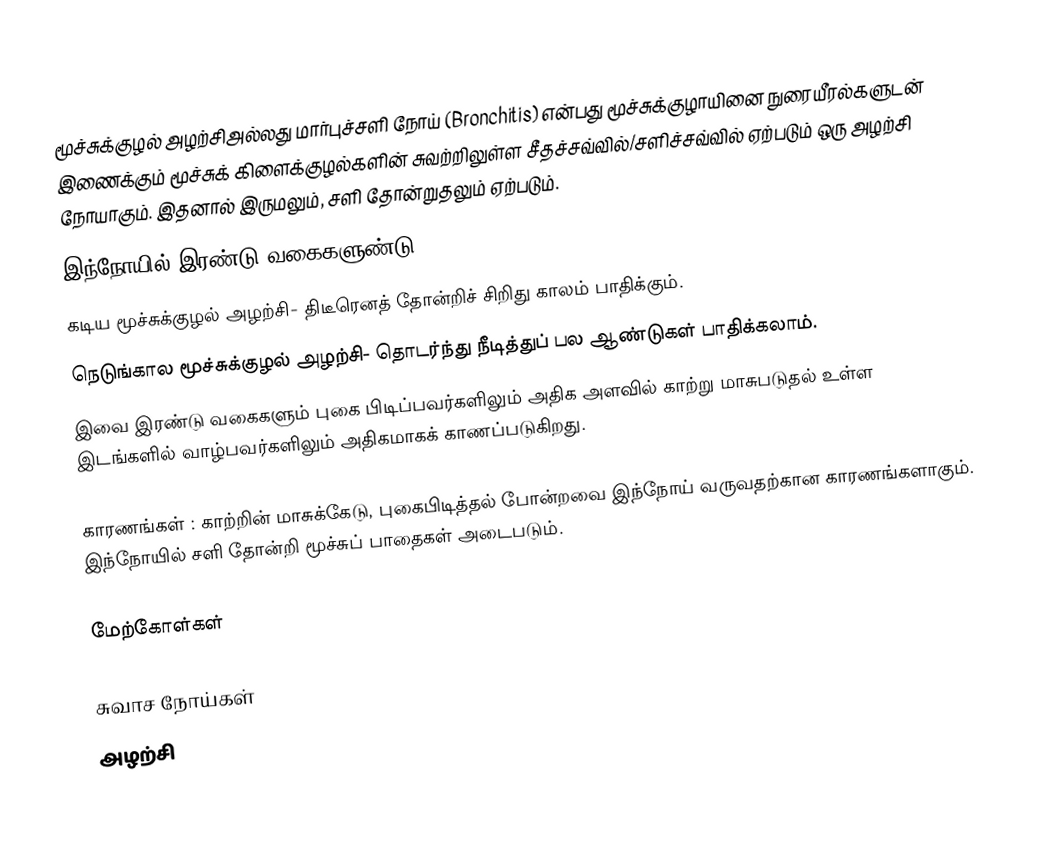
மூச்சுக்குழல் அழற்சிஅல்லது மார்புச்சளி நோய் (Bronchitis) என்பது மூச்சுக்குழாயினை நுரையீரல்களுடன் இணைக்கும் மூச்சுக் கிளைக்குழல்களின் சுவற்றிலுள்ள சீதச்சவ்வில்/சளிச்சவ்வில் ஏற்படும் ஒரு அழற்சி நோயாகும். இதனால் இருமலும், சளி தோன்றுதலும் ஏற்படும்.
இந்நோயில் இரண்டு வகைகளுண்டு.
 கடிய மூச்சுக்குழல் அழற்சி- திடீரெனத் தோன்றிச் சிறிது காலம் பாதிக்கும்.
 நெடுங்கால மூச்சுக்குழல் அழற்சி- தொடர்ந்து நீடித்துப் பல ஆண்டுகள் பாதிக்கலாம்.
இவை இரண்டு வகைகளும் புகை பிடிப்பவர்களிலும் அதிக அளவில் காற்று மாசுபடுதல் உள்ள இடங்களில் வாழ்பவர்களிலும் அதிகமாகக் காணப்படுகிறது.

காரணங்கள் : காற்றின் மாசுக்கேடு, புகைபிடித்தல் போன்றவை இந்நோய் வருவதற்கான காரணங்களாகும். இந்நோயில் சளி தோன்றி மூச்சுப் பாதைகள் அடைபடும்.

மேற்கோள்கள்

சுவாச நோய்கள்
அழற்சி